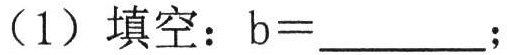
（1）填空：$b = \_\_\_\_\_$；